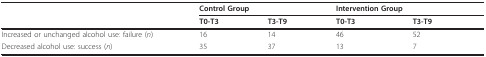
<table><thead><tr><td></td><td colspan="2"><b>Control Group</b></td><td colspan="2"><b>Intervention Group</b></td></tr><tr><td></td><td><b>T0-T3</b></td><td><b>T3-T9</b></td><td><b>T0-T3</b></td><td><b>T3-T9</b></td></tr></thead><tbody><tr><td>Increased or unchanged alcohol use: failure (<i>n</i>)</td><td>16</td><td>14</td><td>46</td><td>52</td></tr><tr><td>Decreased alcohol use: success (<i>n</i>)</td><td>35</td><td>37</td><td>13</td><td>7</td></tr></tbody></table>